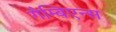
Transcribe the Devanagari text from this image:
गैम्बिएन्स